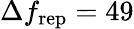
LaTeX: \Delta f_{\mathrm{rep}}=49